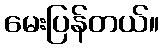
မေးပြန်တယ်။